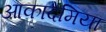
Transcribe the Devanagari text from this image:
आकादेमिया